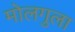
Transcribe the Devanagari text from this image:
मोलगुला